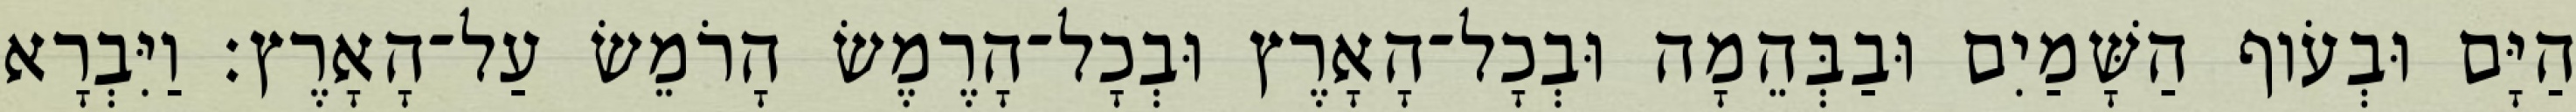
הַיָּם וּבְעֹוף הַשָּׁמַיִם וּבַבְּהֵמָה וּבְכָל־הָאָרֶץ וּבְכָל־הָרֶמֶשׂ הָרֹמֵשׂ עַל־הָאָרֶץ׃ וַיִּבְרָא